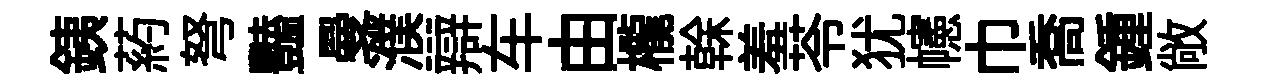
銕葯弩豔曼濮辯车由櫳𠏉羞苓犹幰巾喬鍾敞